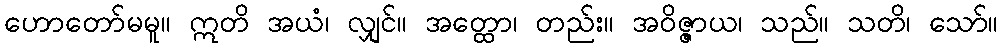
ဟောတော်မမူ။ ဣတိ အယံ၊ လျှင်။ အတ္ထော၊ တည်း။ အဝိဇ္ဇာယ၊ သည်။ သတိ၊ သော်။